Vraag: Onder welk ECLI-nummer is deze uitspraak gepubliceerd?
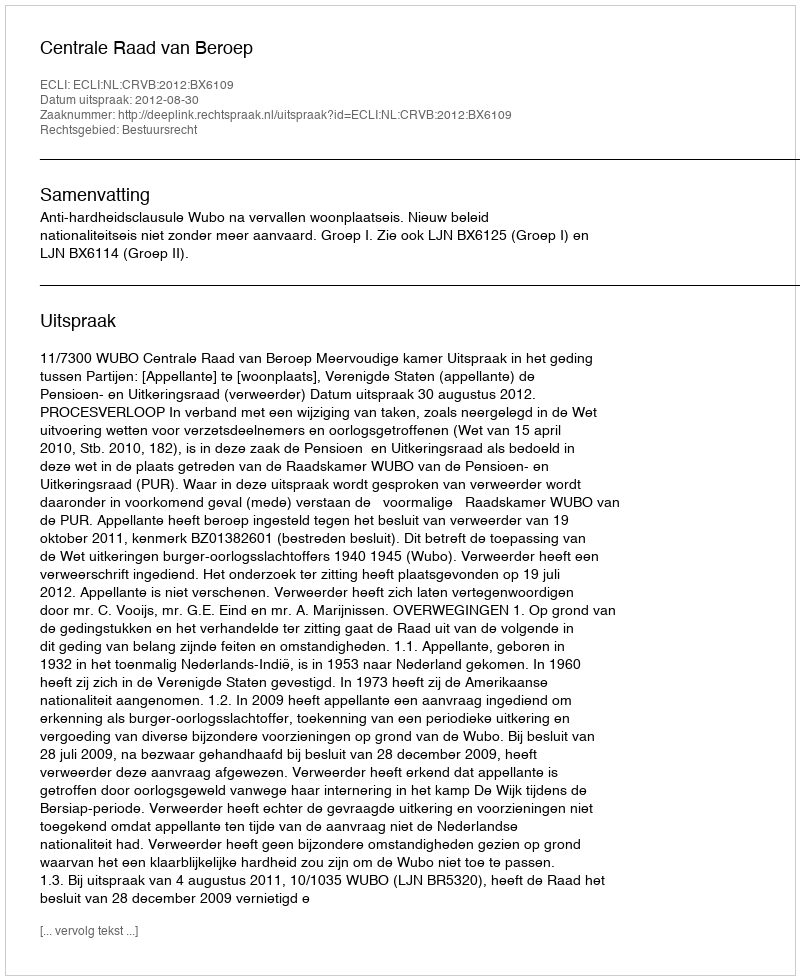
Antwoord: ECLI:NL:CRVB:2012:BX6109